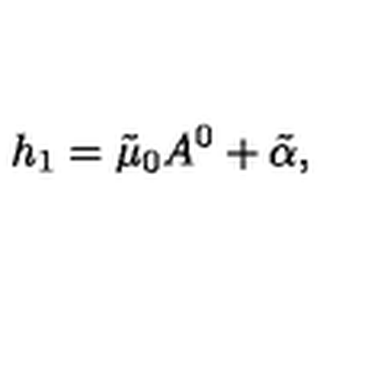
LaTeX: h _ { 1 } = \tilde { \mu } _ { 0 } A ^ { 0 } + \tilde { \alpha } ,